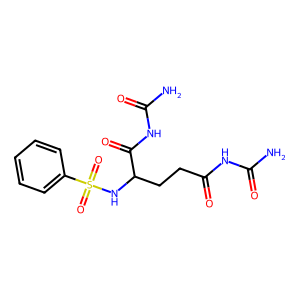
SMILES: NC(=O)NC(=O)CCC(NS(=O)(=O)c1ccccc1)C(=O)NC(N)=O
Inhibits HIV replication: No